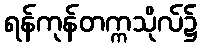
ရန်ကုန်တက္ကသိုလ်၌